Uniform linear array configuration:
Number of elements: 64
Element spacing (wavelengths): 0.5
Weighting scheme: binomial
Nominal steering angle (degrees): -15
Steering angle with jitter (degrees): -16.133
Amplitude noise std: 0.05
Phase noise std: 0.05

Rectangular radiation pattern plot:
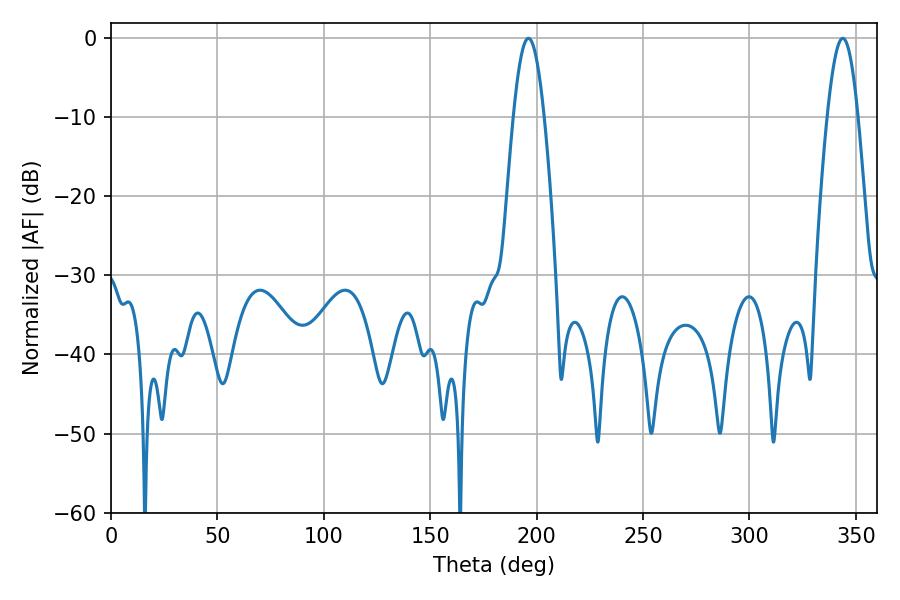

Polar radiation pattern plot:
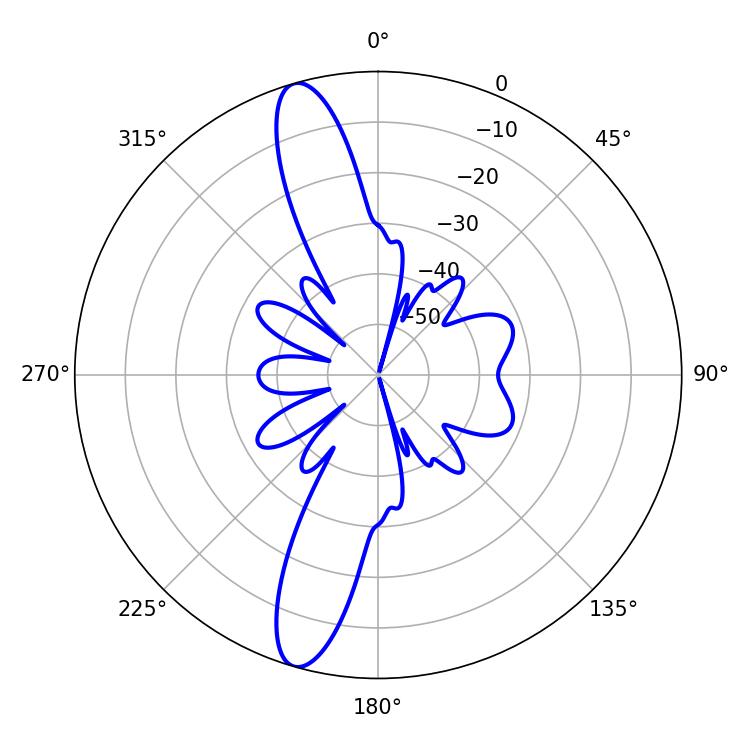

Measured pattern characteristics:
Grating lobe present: FALSE
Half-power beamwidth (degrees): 7.92
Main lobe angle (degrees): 196.2